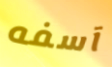
آسفه